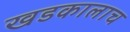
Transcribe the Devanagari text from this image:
खडकालाच